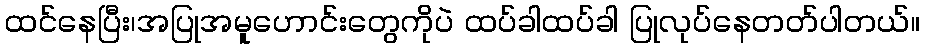
ထင်နေပြီး၊အပြုအမူဟောင်းတွေကိုပဲ ထပ်ခါထပ်ခါ ပြုလုပ်နေတတ်ပါတယ်။